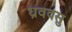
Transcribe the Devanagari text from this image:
ध्रववसु